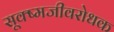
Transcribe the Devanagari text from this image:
सूक्ष्मजीवरोधक